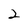
Character: 2